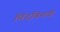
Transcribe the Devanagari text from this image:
चिंदविनची